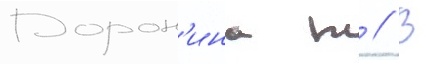
Дорон'ина т // В